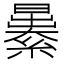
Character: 㬧